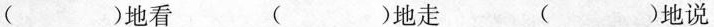
( )地看 ()地走( )地说